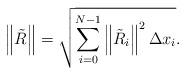
LaTeX: \begin{align*} \left\Vert \tilde{R} \right \Vert = \sqrt{ \sum_{i=0}^{N-1} \left\Vert \tilde{R}_{i} \right\Vert^2 \Delta x_i}. \end{align*}